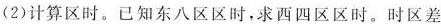
(2)计算区时。已知东八区区时，求西四区区时。时区差